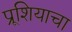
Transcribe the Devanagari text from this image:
प्रूशियाचा